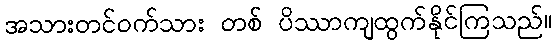
အသားတင်ဝက်သား တစ် ပိဿာကျထွက်နိုင်ကြသည်။